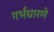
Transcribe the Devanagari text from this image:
गर्भधारणे